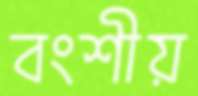
বংশীয়